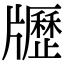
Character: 𤘃